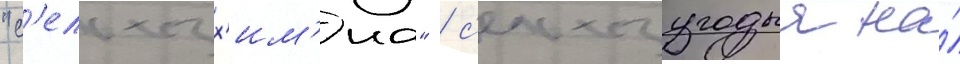
"с'ельхозх'им'иа" / с'ельхозугодья на́